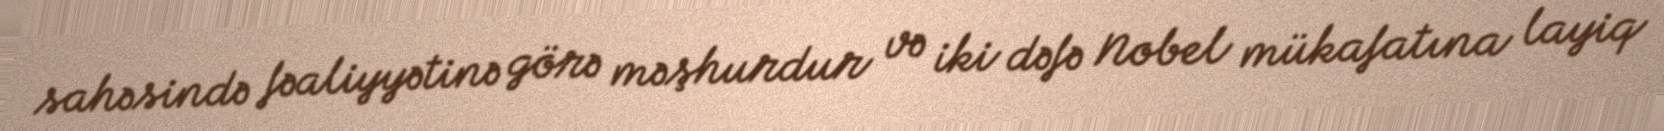
sahəsində fəaliyyətinə görə məşhurdur və iki dəfə Nobel mükafatına layiq